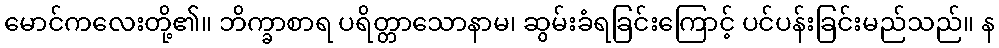
မောင်ကလေးတို့၏။ ဘိက္ခာစာရ ပရိတ္တာသောနာမ၊ ဆွမ်းခံရခြင်းကြောင့် ပင်ပန်းခြင်းမည်သည်။ န